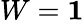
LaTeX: W=\boldsymbol 1